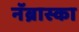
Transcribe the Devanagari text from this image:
नॅब्रास्का